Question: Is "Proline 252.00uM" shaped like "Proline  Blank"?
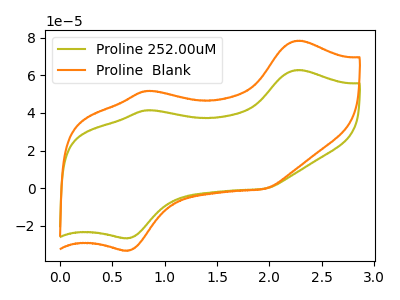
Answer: <think>The olive curve "Proline 252.00uM" has anodic peaks at (2.25V, 62.80uA) (0.85V, 41.45uA) and cathodic peaks at (0.65V, -26.45uA) (1.95V, -0.25uA). The orange curve "Proline  Blank" has anodic peaks at (2.25V, 78.40uA) (0.85V, 51.75uA) and cathodic peaks at (0.65V, -33.05uA) (1.95V, -0.30uA).
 All the peaks in "Proline 252.00uM" have a peak in "Proline  Blank" at the same potential. Every peak in "Proline 252.00uM" is lower than every peak in "Proline  Blank".</think>
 <answer>"Proline 252.00uM" and "Proline  Blank" are similar in shape.</answer>
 <eval>same_shape</eval>